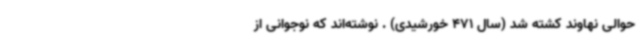
حوالی نهاوند کشته شد (سال 471 خورشیدی) . نوشته‌اند که نوجوانی از